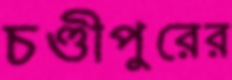
চণ্ডীপুরের